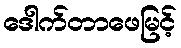
ဒေါက်တာဖေမြင့်